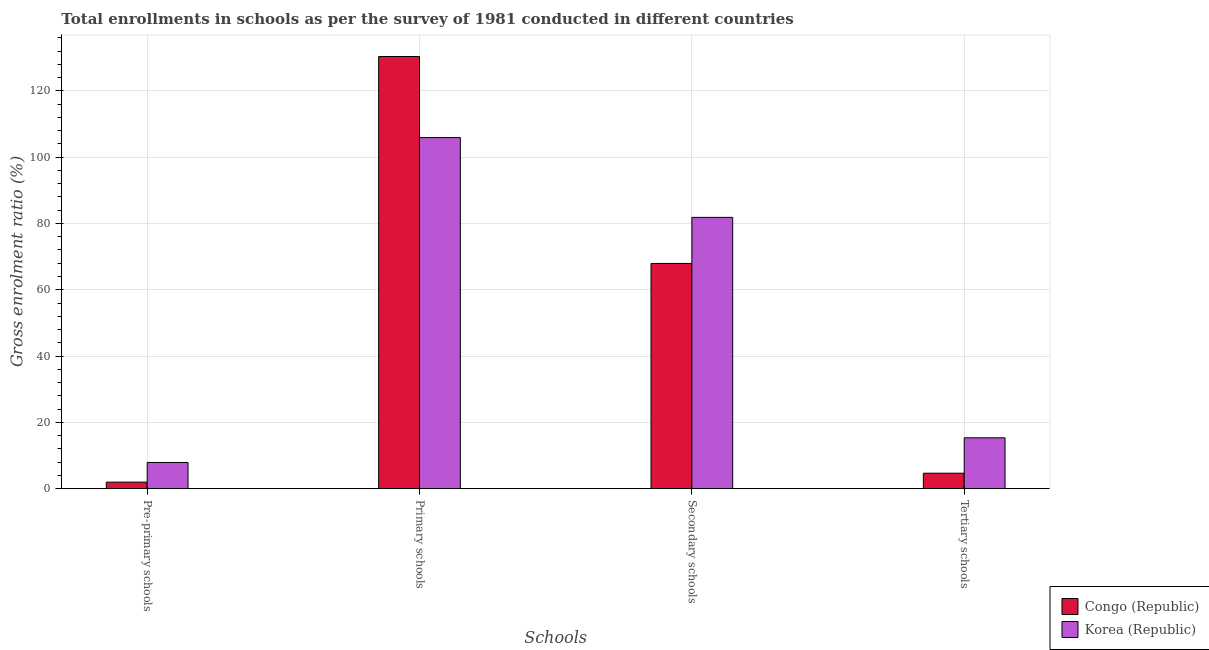
| Schools | Congo (Republic) | Korea (Republic) |
 | --- | --- | --- |
 | Pre-primary schools | 1.98 | 7.91 |
 | Primary schools | 130 | 106 |
 | Secondary schools | 67.9 | 81.8 |
 | Tertiary schools | 4.67 | 15.3 |